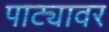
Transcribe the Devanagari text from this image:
पाट्यावर